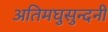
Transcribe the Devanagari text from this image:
अतिमघुसुन्दनी